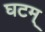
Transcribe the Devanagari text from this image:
घटम्